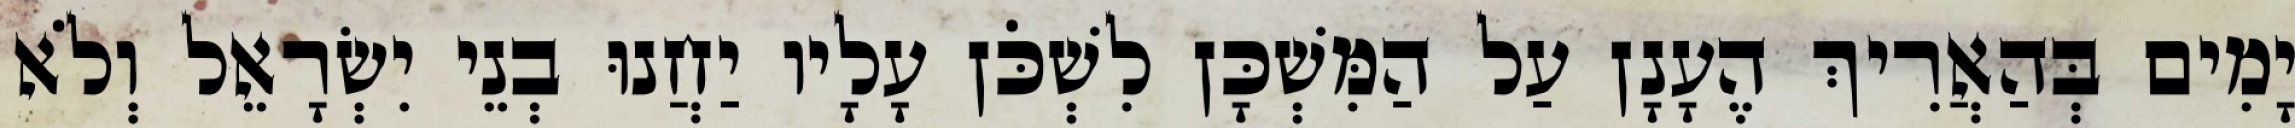
יָמִים בְּהַאֲרִיךְ הֶעָנָן עַל הַמִּשְׁכָּן לִשְׁכֹּן עָלָיו יַחֲנוּ בְנֵי יִשְׂרָאֵל וְלֹא